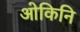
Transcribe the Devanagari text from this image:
ओकिनि